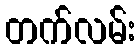
တက်လမ်း